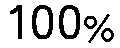
100%